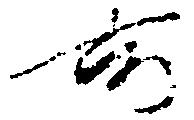
所